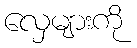
လှေများကို